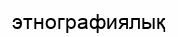
этнографиялық